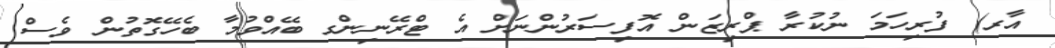
އާރ) ފުރިހަމަ ނުކުރާ ޕްރިޒަން އޮފިސަރުންނަށް އެ ޓްރޭނިންގ ބޭއްވުމާ ބެހޭގޮތުން ވެސް